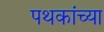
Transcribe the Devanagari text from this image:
पथकांच्या